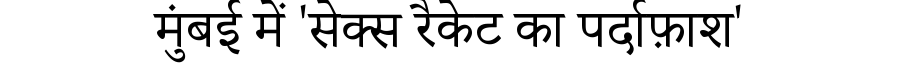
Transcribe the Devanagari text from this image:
मुंबई में 'सेक्स रैकेट का पर्दाफ़ाश'